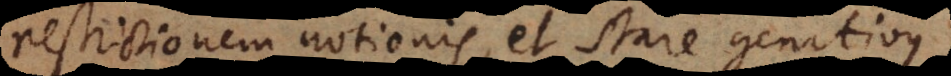
restrictionem notionis, et stare genitivus